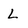
Character: L